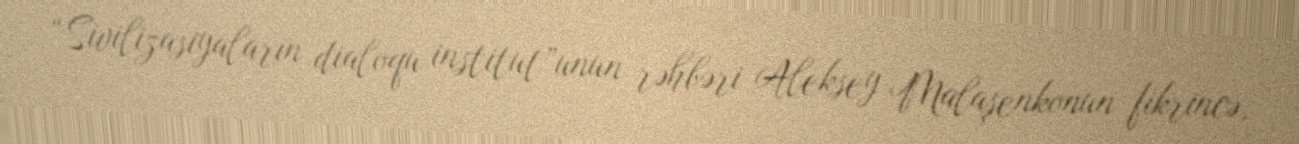
“Sivilizasiyaların dialoqu institut”unun rəhbəri Aleksey Malaşenkonun fikrincə,